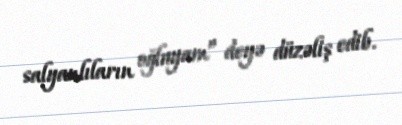
salyanlıların oğluyam” deyə düzəliş edib.